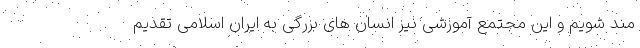
مند شویم و این مجتمع آموزشی نیز انسان های بزرگی به ایران اسلامی تقدیم